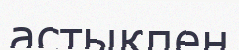
астықпен